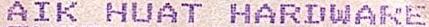
AIK HUAT HARDWARE